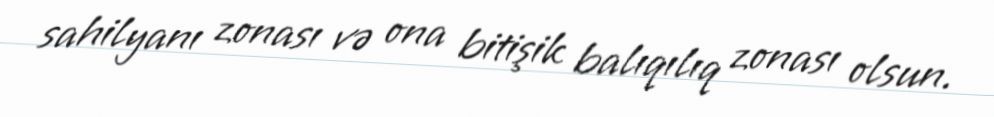
sahilyanı zonası və ona bitişik balıqılıq zonası olsun.